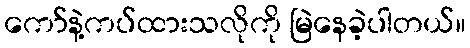
ကော်နဲ့ကပ်ထားသလိုကို မြဲနေခဲ့ပါတယ်။